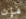
فإن